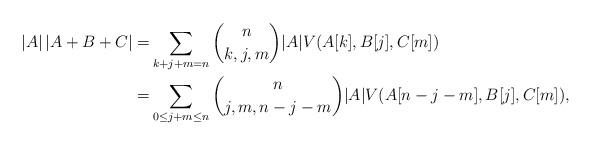
LaTeX: \begin{align*}|A|\,|A+B+C|=&\sum_{k+j+m=n} {n \choose k,j,m} |A| V(A[k], B[j],C[m])\\=&\sum_{0\le j+m\le n} {n \choose j,m,n-j-m} |A| V(A[n-j-m], B[j],C[m]),\end{align*}